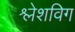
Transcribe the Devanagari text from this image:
श्लेशविग